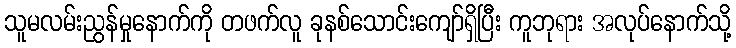
သူမလမ်းညွန်မှုနောက်ကို တဖက်လူ ခုနစ်သောင်းကျော်ရှိပြီး ကူဘုရား အလုပ်နောက်သို့